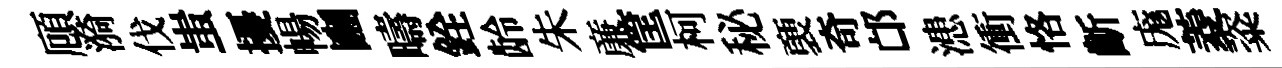
頋漪伐蚩擾暢豳疇銓龄朱亷筐柯秘褏奇邙漶衝恪齗庬菱粢